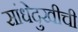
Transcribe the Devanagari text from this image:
सांधेदुखीची